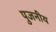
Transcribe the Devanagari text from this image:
पुजनीय